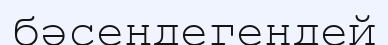
бәсеңдегендей